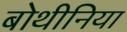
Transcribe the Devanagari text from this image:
बोथीनिया